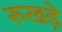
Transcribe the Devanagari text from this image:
रूखड़े